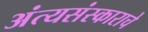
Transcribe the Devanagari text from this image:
अंत्यसंस्काराचे